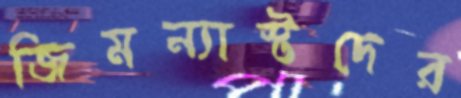
জিমন্যাস্টদের